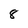
Character: 8